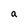
Character: a